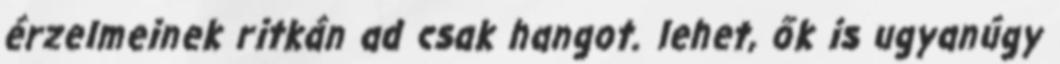
érzelmeinek ritkán ad csak hangot. lehet, ők is ugyanúgy